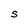
Character: S